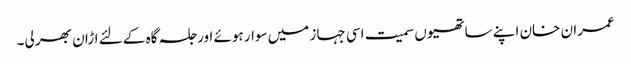
عمران خان اپنے ساتھیوں سمیت اسی جہاز میں سوار ہوئے اور جلسہ گاہ کے لئے اڑان بھر لی۔